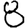
Digit: 8